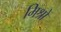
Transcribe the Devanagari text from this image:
मिश्रों